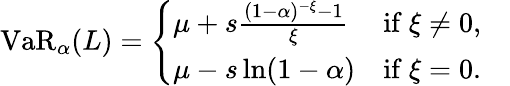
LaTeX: \operatorname{VaR}_{\alpha}(L)={\left\{ \begin{array}{ll}{\mu+s{\frac{(1-\alpha)^{-\xi}-1}{\xi}}}&{{\mathrm{if~}}\xi\neq 0,}\\ {\mu-s\ln(1-\alpha)}&{{\mathrm{if~}}\xi=0.}\end{array}\right.}\quad